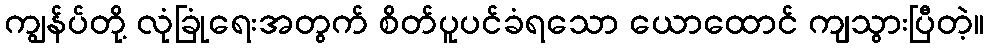
ကျွန်ပ်တို့ လုံခြုံရေးအတွက် စိတ်ပူပင်ခံရသော ယောထောင် ကျသွားပြီတဲ့။